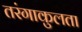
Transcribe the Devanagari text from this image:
तरंगाकुलता